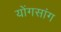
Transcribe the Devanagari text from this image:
योंगसांग